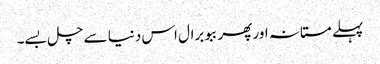
پہلے مستانہ اور پھر ببو برال اس دنیا سے چل بسے۔